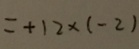
= + 1 2 \times ( - 2 )